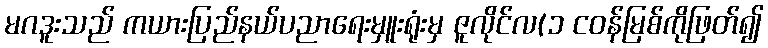
မဂဒူးသည် ကယားပြည်နယ်ပညာရေးမှူးရုံးမှ ဇူလိုင်လ(၁ ငဝန်မြစ်ကိုဖြတ်၍